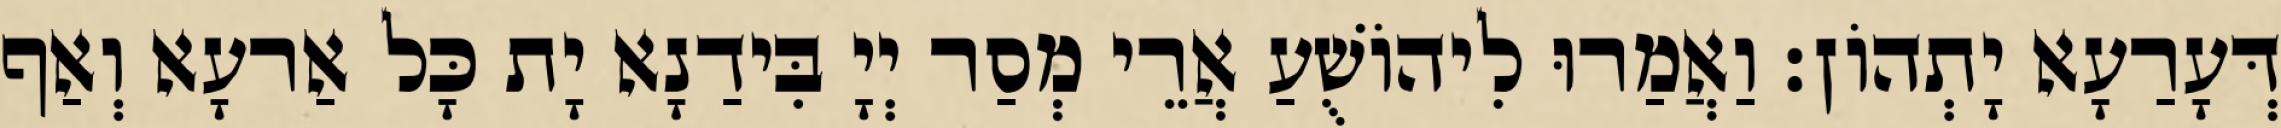
דְּעָרַעָא יָתְהוֹן׃ וַאֲמַרוּ לִיהוֹשֻׁעַ אֲרֵי מְסַר יְיָ בִּידַנָא יָת כָּל אַרעָא וְאַף